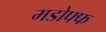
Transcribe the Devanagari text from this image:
मडोफ्फ